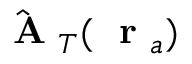
\hat { \mathrm { ~ \bf ~ A ~ } } _ { T } ( \mathrm { ~ \bf ~ r ~ } _ { a } )